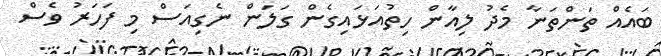
ބައެއް ތަންތަނާ މެދު ލިއާން ހިތުއަޅައިގެން ގަލަން ނެގިއަސް މި ފަހަރު ވެސް